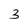
Character: 3